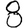
Digit: 8